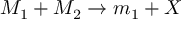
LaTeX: M _ { 1 } + M _ { 2 } \rightarrow m _ { 1 } + X